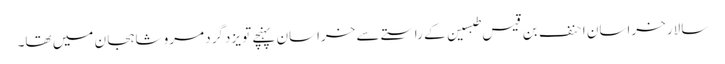
سالار خراسان احنف بن قیس طبسین کے راستے سے خراسان پہنچے تو یزدگرد مرو شاہجان میں تھا۔